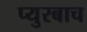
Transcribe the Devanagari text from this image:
प्युरबाच